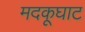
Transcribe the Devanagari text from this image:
मदकूघाट